Annual report of the Punjab Veterinary College and of the Civil Veterinary Department, Punjab - 1894-1908
Year: 1894
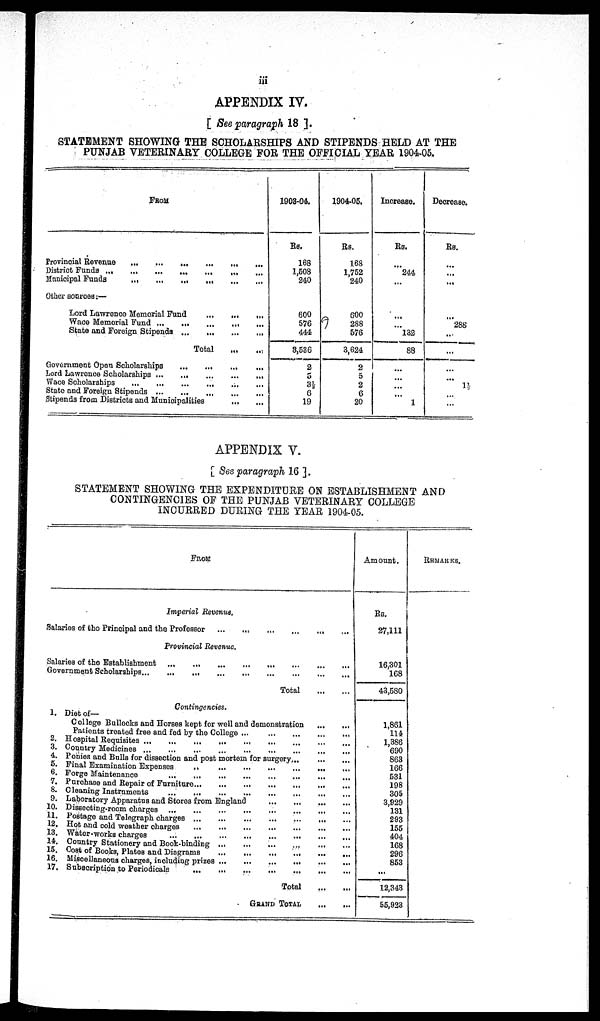
APPENDIX IV.
[ See paragraph 18 ].
STATEMENT SHOWING THE SCHOLARSHIPS AND STIPENDS HELD AT THE
PUNJAB VETERINARY COLLEGE FOR THE OFFICIAL YEAR 1904-05.
From
Provincìal Revenue
...
...
...
...
...
...
...
District Funds ... ... ... ... ... ... ... ...
Municipal Funds
...
...
...
...
...
...
...
Other sources:—
Lord Lawrence Memorial Fund
...
... ... ... ..
Wace Memorial Fund ... ... ... ... ... ...
State and Foreign Stipends
...
...
...
...
Total
...
...
Government Open Scholarships ... ... ... ... ... ...
Lord Lawrence Scholarships ...
...
...
...
...
...
Wace Scholarships
...
...
...
...
...
...
...
State and Foreign Stipends
...
...
...
...
Stipends from Districts and Municipalities
... ...
1903-04.
Rs.
168
1,508
240
600
576
444
3,536
2
5
3½
6
19
1904-05.
Rs.
168
1,752
240
600
288
576
3,624
2
5
2
6
20
Increase.
Rs.
...
244
...
...
...
132
88
...
...
...
...
1
Decrease.
Rs.
...
...
...
...
288
...
...
...
...
1½
...
...
APPENDIX V.
[ See paragraph 16 ].
STATEMENT SHOWING THE EXPENDITURE ON ESTABLISHMENT AND
CONTINGENCIES OF THE PUNJAB VETERINARY COLLEGE
INCURRED DURING THE YEAR 1904-05.
FROM
Imperial Revenus.
Salaries of the Principal and the Professor
...
...
...
...
...
..
Provincial Revenue.
Salaries of the Establishment ... ... ... ... ... ... ... ...
Government Scholarships
...
...
...
...
...
...
...
...
Total ... ...
Contingencies.
1.
2.
3.
4.
5.
6.
7.
8.
9.
10.
11.
12.
13.
14.
15.
16.
17.
Diet of—
College Bullocks and Horses kept for well and demonstration
...
...
Patients treated free and fed by the College ...
...
...
...
...
...
Hospital Requisites
...
...
...
...
...
...
...
...
Country Medicines ... ... ... ... ... ... ... ..
Ponies and Bulls for dissection and post mortem for surgery ... ... ... ... ...
Final Examination Expenses
..
...
...
...
...
..
...
Forge Maintenance
...
...
...
...
Purchase and Repair of
Furniture...
...
...
...
...
....
Cleaning Instruments
...
...
...
...
...
...
...
Laboratory Apparatus and Stores from England ... ... ... ... ... ..
Dissecting-room charges
...
...
...
...
...
...
Postage and Telegraph charges
...
...
...
Hot and cold weather charges ...
...
...
...
...
...
...
Water-works charges
...
...
...
...
..
..
..
Country Stationery and Book-binding
...
...
...
Cost of Books, Plates and Diagrams
...
...
...
Miscellaneous charges, including prizes
...
...
...
...
...
...
...
Subscription to Periodicals
...
...
...
...
...
...
...
Total
...
...
GRAND TOTAL
...
...
Amount.
Rs.
27,111
16,301
168
43,580
1,861
114
1,386
690
863
166
531
198
305
3,929
131
293
155
404
168
296
853
...
12,343
55,923
REMARKS.